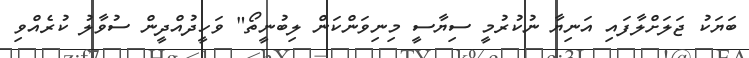
ބަޔަކު ޖަލަށްލާފައި އަނިޔާ ނުކުރުމީ ސިޔާސީ މިނިވަންކަން ލިބުނީތޯ" ވަހީދުއްދީން ސުވާލު ކުރެއްވި